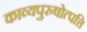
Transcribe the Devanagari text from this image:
काव्यपुरुषोत्पत्ति